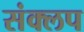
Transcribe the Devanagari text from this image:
संक्लप